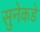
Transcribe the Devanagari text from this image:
सुनेकडे